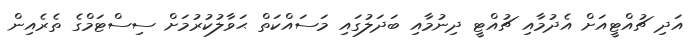
އަދި ޗުއްޓީއަށް އެދުމާއި ޗުއްޓީ ދިނުމާއި ބަދަލުގައި މަސައްކަތް ޙަވާލުކުރުމަށް ސިސްޓަމްގެ ތެރެއިން